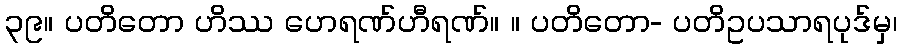
၃၉။ ပတိတော ဟိဿ ဟေရဏ်ဟီရဏ်။ ။ ပတိတော- ပတိဥပသာရပုဒ်မှ၊